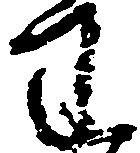
わ